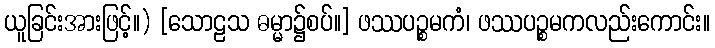
ယူခြင်းအားဖြင့်။) [သောဠသ ဓမ္မာ၌စပ်။] ဖဿပဉ္စမကံ၊ ဖဿပဉ္စမကလည်းကောင်း။